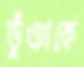
ভুঁঞাকে